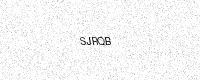
Text: SJRQB